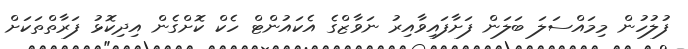
ފުލުހުން މިމައްސަލަ ބަލަން ފަށާފައިވާއިރު ނަވާޒްގެ އެކައުންޓް ހެކް ކޮށްގެން އިދިކޮޅު ފަރާތްތަކަށް